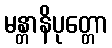
မန္တာနိပုတ္တော